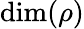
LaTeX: \dim(\rho)